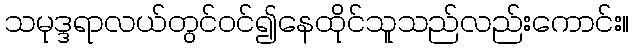
သမုဒ္ဒရာလယ်တွင်ဝင်၍နေထိုင်သူသည်လည်းကောင်း။